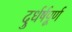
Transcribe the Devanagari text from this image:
दुर्धर्षपूर्ण